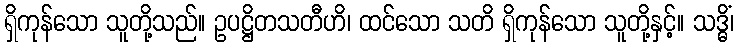
ရှိကုန်သော သူတို့သည်။ ဥပဋ္ဌိတသတီဟိ၊ ထင်သော သတိ ရှိကုန်သော သူတို့နှင့်။ သဒ္ဓိံ၊